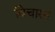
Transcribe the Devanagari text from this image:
विचारन